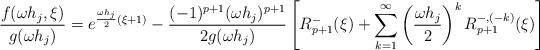
LaTeX: \begin{align*}\frac{f(\omega h_j,\xi)}{g(\omega h_j)} = e^{\frac{\omega h_j}{2}(\xi+1)} - \frac{(-1)^{p+1} (\omega h_j)^{p+1}}{2g(\omega h_j)} \left[ R^-_{p+1}(\xi) + \sum_{k=1}^\infty \left(\frac{\omega h_j}{2}\right)^k R^{-,(-k)}_{p+1}(\xi) \right]\end{align*}